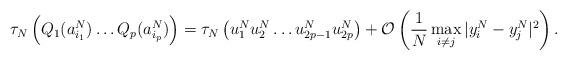
LaTeX: \begin{align*}\tau_N\left( Q_1(a_{i_1}^N) \dots Q_p(a_{i_p}^N)\right) = \tau_{N}\left( u_1^N u_2^N \dots u_{2p-1}^N u_{2p}^N \right) + \mathcal{O}\left(\frac{1}{N} \max\limits_{i\neq j} | y_i^N-y_j^N |^2 \right). \end{align*}